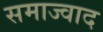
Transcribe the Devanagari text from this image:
समाज्वाद